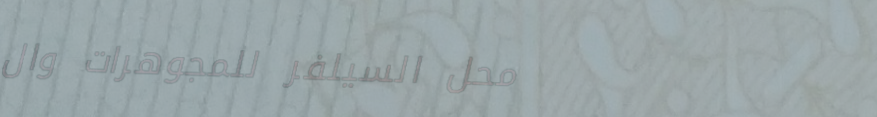
محل السيلفر للمجوهرات وال